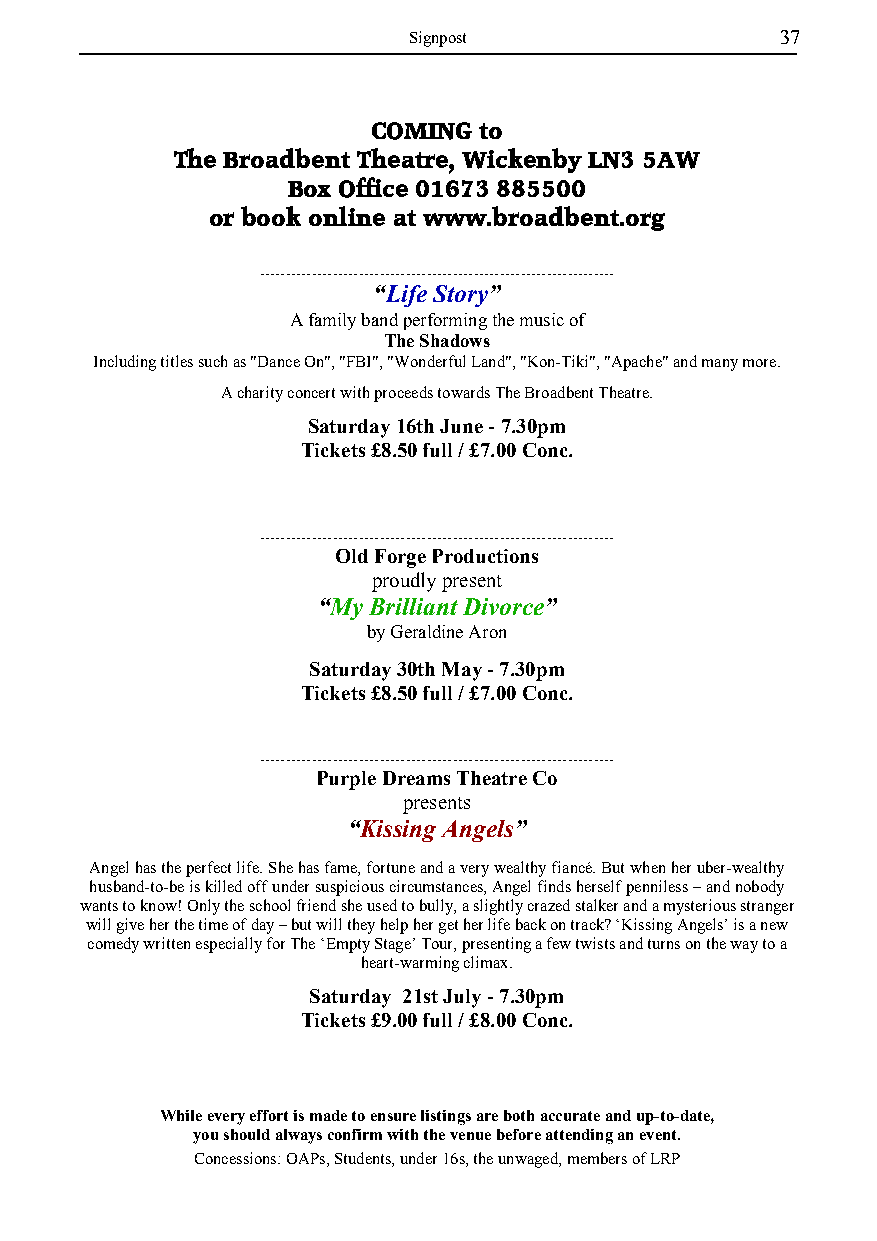
Signpost                 37
 COMING to
 The Broadbent Theatre, Wickenby LN3 5AW
 Box Office 01673 885500
 or book online at www.broadbent.org
 ....................................................................
 “Life Story”
 A family band performing the music of
 The Shadows
 Including titles such as "Dance On", "FBI", "Wonderful Land", "Kon-Tiki", "Apache" and many more.
 A charity concert with proceeds towards The Broadbent Theatre.
 Saturday 16th June - 7.30pm
 Tickets £8.50 full / £7.00 Conc.
 ....................................................................
 Old Forge Productions
 proudly present
 “My Brilliant Divorce”
 by Geraldine Aron
 Saturday 30th May - 7.30pm
 Tickets £8.50 full / £7.00 Conc.
 ....................................................................
 Purple Dreams Theatre Co
 presents
 “Kissing Angels”
 Angel has the perfect life. She has fame, fortune and a very wealthy fiancé. But when her uber-wealthy
 husband-to-be is killed off under suspicious circumstances, Angel finds herself penniless – and nobody
 wants to know! Only the school friend she used to bully, a slightly crazed stalker and a mysterious stranger
 will give her the time of day – but will they help her get her life back on track? ‘Kissing Angels’ is a new
 comedy written especially for The ‘Empty Stage’ Tour, presenting a few twists and turns on the way to a
 heart-warming climax.
 Saturday 21st July - 7.30pm
 Tickets £9.00 full / £8.00 Conc.
 While every effort is made to ensure listings are both accurate and up-to-date,
 you should always confirm with the venue before attending an event.
 Concessions: OAPs, Students, under 16s, the unwaged, members of LRP